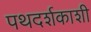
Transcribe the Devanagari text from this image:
पथदर्शकाशी